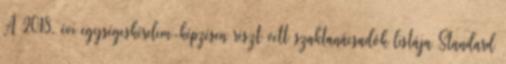
A 2018. évi egységeskérelem-képzésen részt vett szaktanácsadók listája Standard